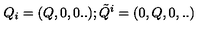
Q _ { i } = ( Q , 0 , 0 . . ) ; { \tilde { Q } } ^ { i } = ( 0 , Q , 0 , . . )